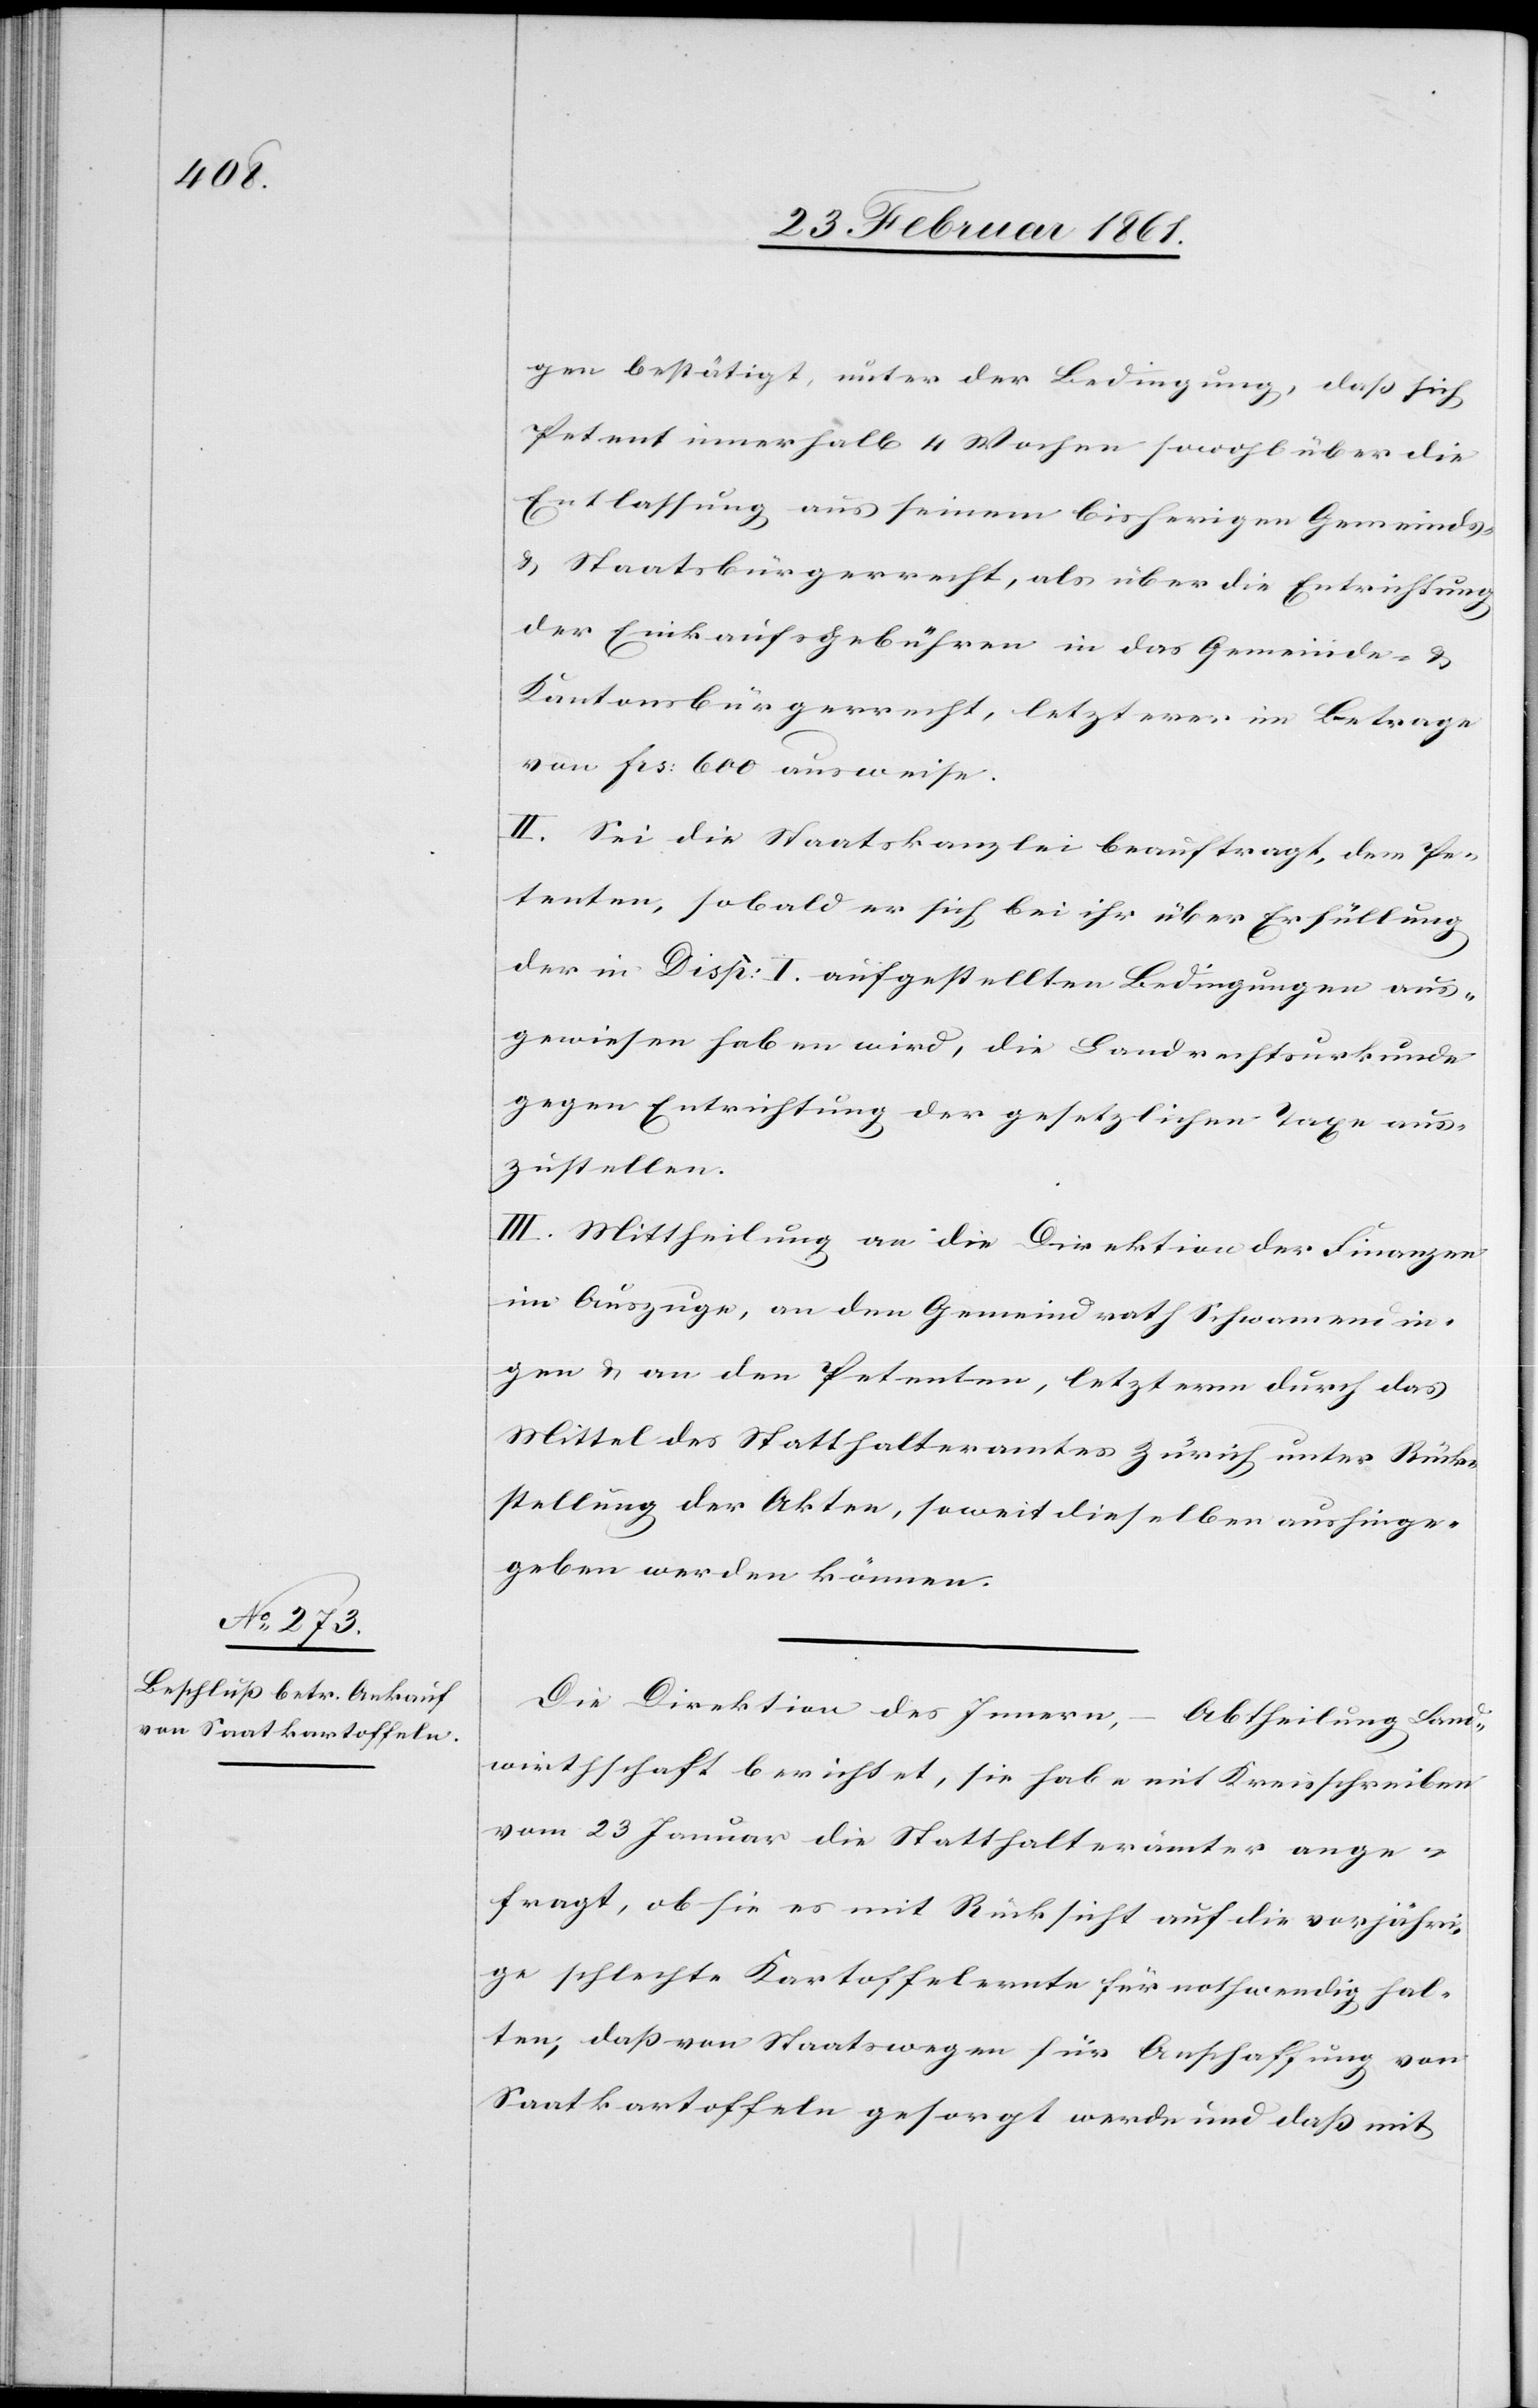
gen bestätigt, unter der Bedingung, dass sich
Petent innerhalb 4 Wochen sowohl über die
Entlassung aus seinem bisherigen Gemeinds-
u. Staatsbürgerrecht, als über die Entrichtung
der Einkaufsgebühren in das Gemeinde- u.-
Kantonsbürgerrecht, letzterer im Betrage
von frs: 600 ausweise.
II. Sei die Staatskanzlei beauftragt, dem Pe¬
tenten, sobald er sich bei ihr über Erfüllung
der in Disp. I. aufgestellten Bedingungen aus¬
gewiesen haben wird, die Landrechtsurkunde
gegen Entrichtung der gesetzlichen Taxe aus¬
zustellen.
III. Mittheilung an die Direktion der Finanzen
im Auszuge, an den Gemeindrath Schwamendin¬
gen u. an den Petenten, letzterm durch das
Mittel des Statthalteramtes Zürich unter Rück¬
stellung der Akten, soweit dieselben aushinge¬
geben werden können.
Die Direktion des Innern, Abtheilung Land¬
wirthschaft berichtet, sie habe mit Kreisschreiben
vom 23. Januar die Statthalterämter ange¬
fragt, ob sie es mit Rücksicht auf die vorjähri¬
ge schlechte Kartoffelernte für nothwendig hal¬
ten, dass von Staatswegen für Anschaffung von
Saatkartoffen gesorgt werde und dass mit